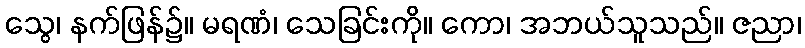
သွေ၊ နက်ဖြန်၌။ မရဏံ၊ သေခြင်းကို။ ကော၊ အဘယ်သူသည်။ ဇညာ၊